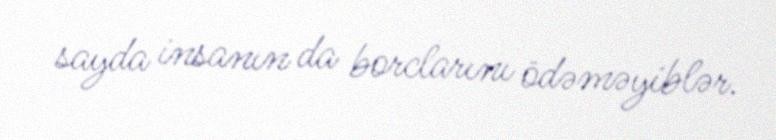
sayda insanın da borclarını ödəməyiblər.